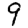
Digit: 9